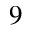
^ { 9 }